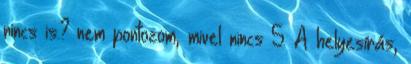
nincs is.? nem pontozom, mivel nincs 5. A helyesírás,